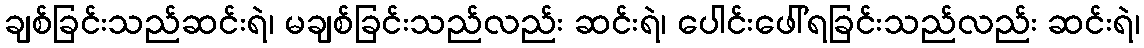
ချစ်ခြင်းသည်ဆင်းရဲ၊ မချစ်ခြင်းသည်လည်း ဆင်းရဲ၊ ပေါင်းဖေါ်ရခြင်းသည်လည်း ဆင်းရဲ၊